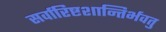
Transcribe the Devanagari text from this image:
सर्वारिष्टशान्तिर्भवतु